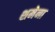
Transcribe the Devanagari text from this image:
शमेना